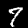
Label: 7